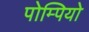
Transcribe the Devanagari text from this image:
पोम्पियो